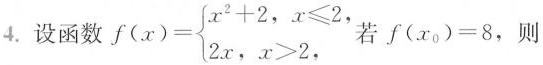
4.设函数$$f(x)= \left\{ \begin{matrix} x^{2}+2,x \leq 2 \\ 2x,x>2, \end{matrix} \right.$$ 若$$f(x_{0})=8$$,则